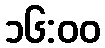
၁၆:၀၀